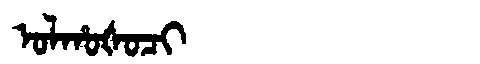
Manchu: ᠣᠯᡥᠣᡧᠣᠴᡳ
Romanization: OLHOŠOCI